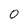
Character: 0